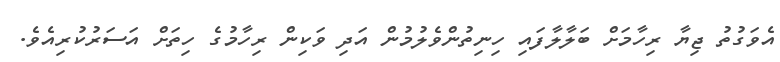
އެވަގުތު ޖިޔާ ރިހާމަށް ބަލާލާފައި ހިނިތުންވެލުމުން އަދި ވަކިން ރިހާމުގެ ހިތަށް އަސަރުކުރިއެވެ.